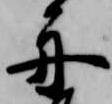
舟